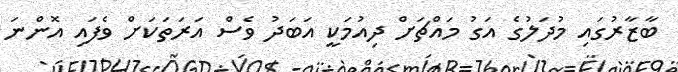
ބާޒާރުގައި މުދަލުގެ އަގު މައްޗަށް ދިއުމަކީ އަބަދު ވެސް އަރަތަކަށް ވެފައި އޮންނަ